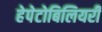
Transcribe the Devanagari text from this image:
हेपेटोबिलियरी